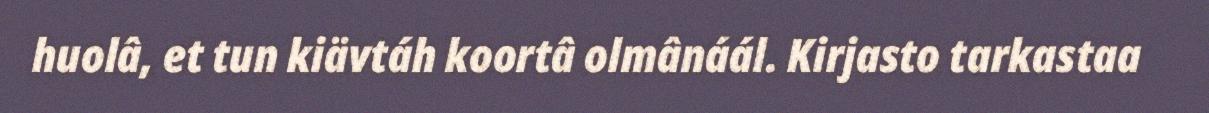
huolâ, et tun kiävtáh koortâ olmânáál. Kirjasto tarkastaa